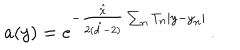
a ( y ) = e ^ { - \frac { \hat { \chi } } { 2 ( \hat { d } - 2 ) } \sum _ { n } T _ { n } | y - y _ { n } | } \, .